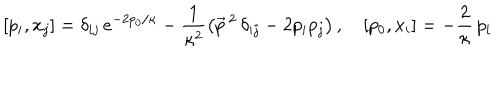
[ p _ { i } , x _ { j } ] = \delta _ { i j } \, e ^ { - 2 p _ { 0 } / \kappa } - \frac { 1 } { \kappa ^ { 2 } } \left( \vec { p } \, { } ^ { 2 } \, \delta _ { i j } - 2 p _ { i } p _ { j } \right) , \quad [ p _ { 0 } , x _ { i } ] = - \frac { 2 } \kappa \, p _ { i }